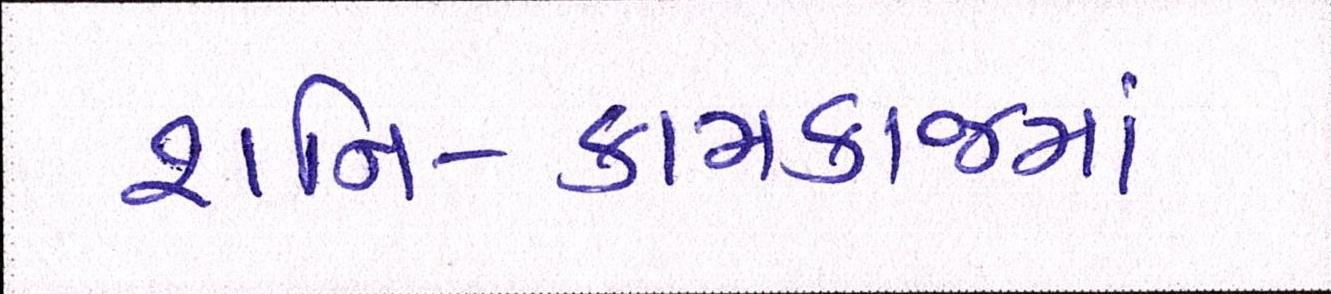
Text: શનિ-કામકાજમાં